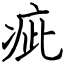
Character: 疵